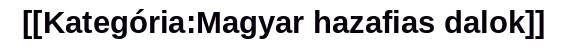
[[Kategória:Magyar hazafias dalok]]